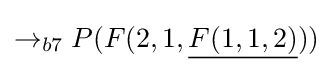
\rightarrow _{b7}P(F(2,1,{\underline {F(1,1,2)}}))